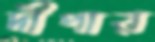
দীপার